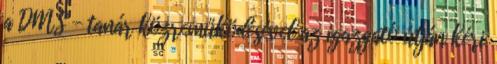
a DMS - tanár közreműködésével az igazgató útján kéri